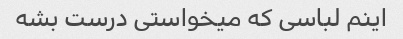
اینم لباسی که میخواستی درست بشه